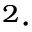
^ 2 \cdot